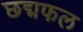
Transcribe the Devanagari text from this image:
छद्मफल